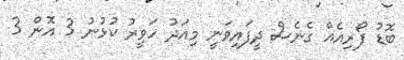
ބޮޑު ފޯރިއެއް ގެނެސް ދީފައިވަނީ މިއަދު ހަވީރު ކުޅުނު 3 އޮން 3